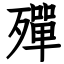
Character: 殫